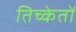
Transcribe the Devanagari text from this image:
तिच्केतों